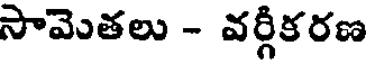
సామెతలు - వర్గీకరణ